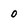
Character: 0